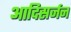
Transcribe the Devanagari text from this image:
आदिसर्जन